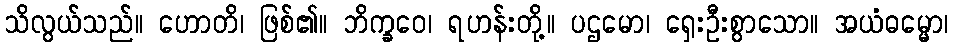
သိလွယ်သည်။ ဟောတိ၊ ဖြစ်၏။ ဘိက္ခဝေ၊ ရဟန်းတို့။ ပဌမော၊ ရှေးဦးစွာသော။ အယံဓမ္မော၊